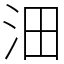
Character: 沺